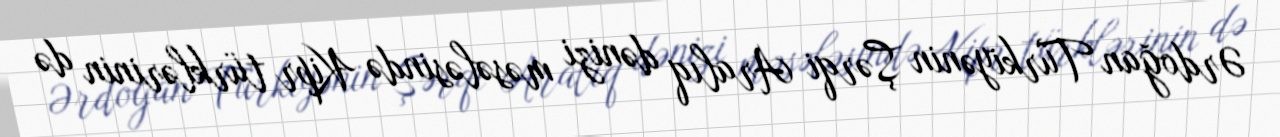
Ərdoğan Türkiyənin Şərqi Aralıq dənizi məsələsində Kipr türklərinin də